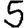
Digit: 5